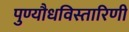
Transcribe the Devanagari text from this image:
पुण्यौधविस्तारिणी